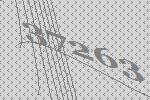
37263